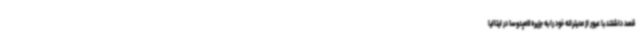
قصد داشتند با عبور از مدیترانه خود را به جزیره لامپدوسا در ایتالیا